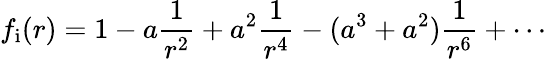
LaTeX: f_{\mathrm{{i}}}(r)=\displaystyle{1-a\frac{1}{r^{2}}+a^{2}\frac{1}{r^{4}}-(a^{3}+a^{2})\frac{1}{r^{6}}+\cdots}